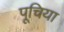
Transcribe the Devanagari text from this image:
पूचिया